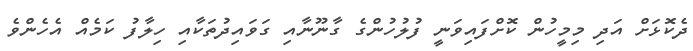
ދެކޮޅަށް އަދި މިމީހުން ކޮށްފައިވަނީ ފުލުހުންގެ ގާނޫނާއި ގަވައިދުތަކާއި ހިލާފު ކަމެއް އެހެންވެ